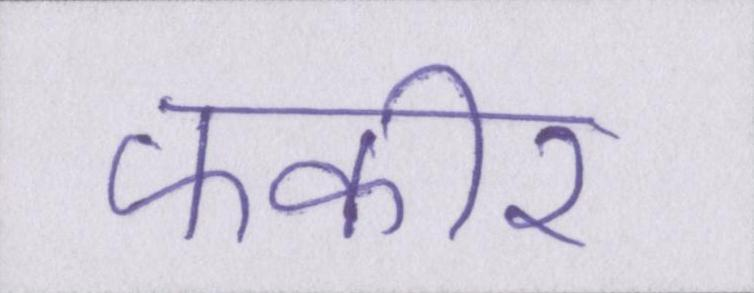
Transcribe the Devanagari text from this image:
फकीर